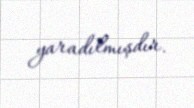
yaradılmışdır.